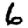
Digit: 6